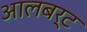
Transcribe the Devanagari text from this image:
आलबर्ट